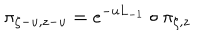
\pi _ { \zeta - u , z - u } = e ^ { - u L _ { - 1 } } \circ \pi _ { \zeta , z }